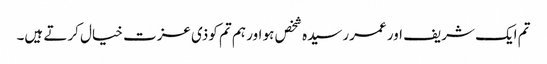
تم ایک شریف اور عمررسیدہ شخص ہو اور ہم تم کوذی عزت خیال کرتے ہیں۔